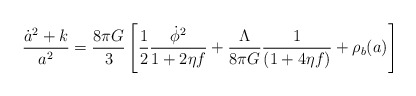
\begin{align*}\frac{\dot a^2 +k}{a^2} = \frac{8\pi G}{3} \left[ \frac{1}{2} \frac{\dot \phi^2}{1+2\eta f} + \frac{\Lambda}{8\pi G} \frac{1}{(1+4\eta f)} + {\rho_b(a)}\right] \end{align*}